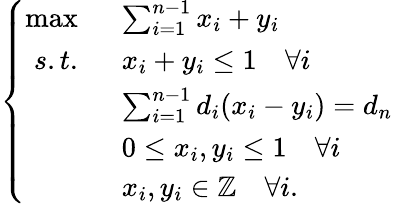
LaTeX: \left\{ \begin{array}{rl}{\operatorname*{max}\; \; }&{\sum_{i=1}^{n-1}x_{i}+y_{i}}\\ {s.t.\; \; }&{x_{i}+y_{i}\leq 1\quad\forall i}\\ &{\sum_{i=1}^{n-1}d_{i}(x_{i}-y_{i})=d_{n}}\\ &{0\leq x_{i},y_{i}\leq 1\quad\forall i}\\ &{x_{i},y_{i}\in\mathbb{Z}\quad\forall i.}\end{array}\right.